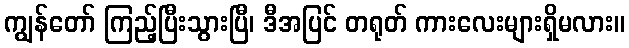
ကျွန်တော် ကြည့်ပြီးသွားပြီ၊ ဒီအပြင် တရုတ် ကားလေးများရှိမလား။